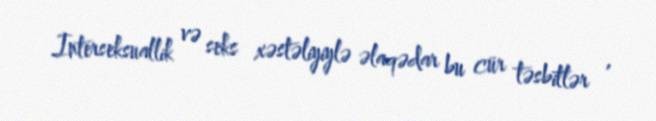
Interseksuallik və seks xəstəliyiylə əlaqədar bu cür təsbitlər ,